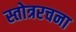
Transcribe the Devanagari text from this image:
स्तोत्ररचना